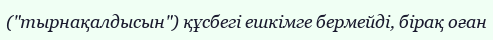
("тырнақалдысын") құсбегі ешкімге бермейді, бірақ оған